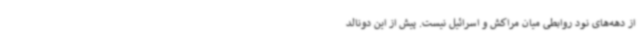
از دهه‌های نود روابطی میان مراکش و اسرائیل نیست. پیش از این دونالد